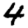
Digit: 4